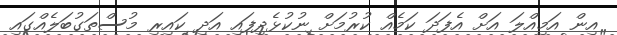
އިން އަމިއްލަ އަށް އެފަދަ ކަމެއް ކުރުމަށް ނުކުޅެދިފައި އަދި ކައިރި މުސްތަގުބަލެއްގައި